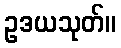
ဥဒယသုတ်။